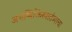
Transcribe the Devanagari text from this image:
अभव्यिक्तिस्वातंत्र्याचा